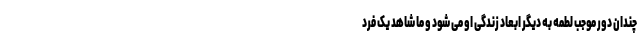
چندان دور موجب لطمه به دیگر ابعاد زندگی‌ او می شود و ما شاهد یک فرد